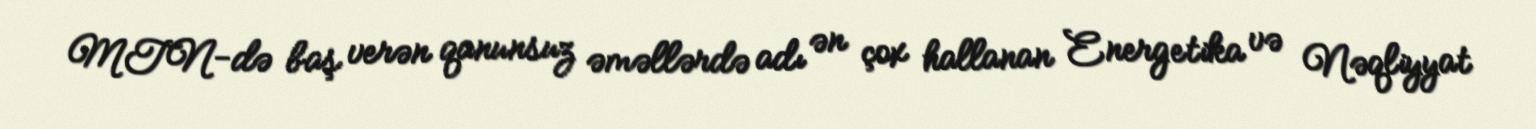
MTN-də baş verən qanunsuz əməllərdə adı ən çox hallanan Energetika və Nəqliyyat